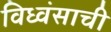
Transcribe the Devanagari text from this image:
विध्वंसाची